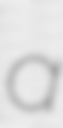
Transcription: a